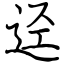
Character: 迳